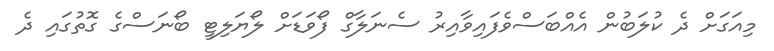
މިއަގަށް ދެ ކުލަބުން އެއްބަސްވެފައިވާއިރު ސެނަލާގް ފޯވަޑަށް ލޯޔަލިޓީ ބޯނަސްގެ ގޮތުގައި ދެ